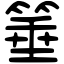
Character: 箠